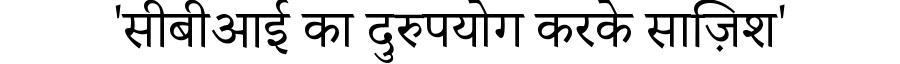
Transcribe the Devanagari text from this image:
'सीबीआई का दुरुपयोग करके साज़िश'